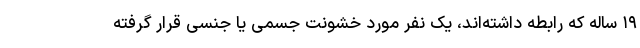
۱۹ ساله که رابطه داشته‌اند، یک نفر مورد خشونت جسمی یا جنسی قرار گرفته